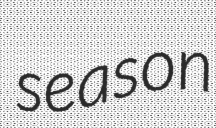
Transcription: season